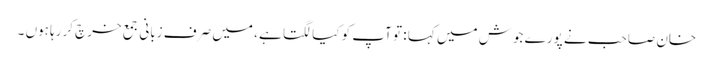
خان صاحب نے پورے جوش میں کہا : تو آپ کو کیا لگتا ہے ، میں صرف زبانی جمع خرچ کررہا ہوں ۔